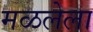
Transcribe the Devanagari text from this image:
मळलेला